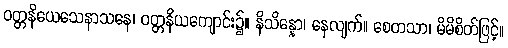
ဝတ္တနိယေသေနာသနေ၊ ဝတ္တနိယကျောင်း၌။ နိသိန္နော၊ နေလျက်။ စေတသာ၊ မိမိစိတ်ဖြင့်။